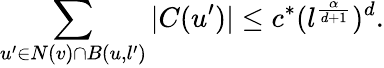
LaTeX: \sum_{u^{\prime}\in N(v)\cap B(u,l^{\prime})}|C(u^{\prime})|\leq c^{*}(l^{\frac{\alpha}{d+1}})^{d}.